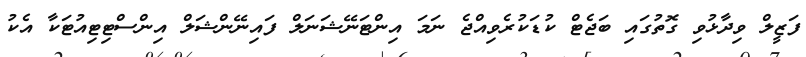
ފަޒީލް ވިދާޅުވި ގޮތުގައި ބަޖެޓް ކުޑަކުރެވިއްޖެ ނަމަ އިންޓަނޭޝަނަލް ފައިނޭންޝަލް އިންސްޓިޓިއުޓަކާ އެކު